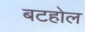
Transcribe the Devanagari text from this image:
बटहोल